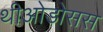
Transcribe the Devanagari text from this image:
थीओडोसस